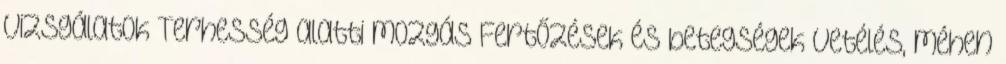
vizsgálatok Terhesség alatti mozgás Fertőzések és betegségek Vetélés, méhen